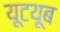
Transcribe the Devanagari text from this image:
यूटयूब